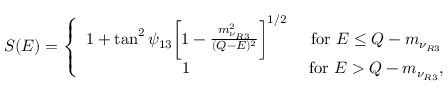
S ( E ) = \left\{ \begin{array} { c c } { { 1 + \tan ^ { 2 } \psi _ { 1 3 } \bigg [ 1 - { \frac { m _ { \nu _ { R 3 } } ^ { 2 } } { ( Q - E ) ^ { 2 } } } \bigg ] ^ { 1 / 2 } } } & { { \mathrm { ~ f o r ~ } E \leq Q - m _ { \nu _ { R 3 } } } } \\ { { 1 } } & { { \mathrm { ~ f o r ~ } E > Q - m _ { \nu _ { R 3 } } , } } \end{array} \right.